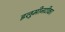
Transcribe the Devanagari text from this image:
इलुमीनटीका